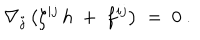
\nabla _ { j } \left( \zeta ^ { i j } \, h \; + \; f ^ { i j } \right) \; = \; 0 \ .